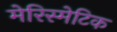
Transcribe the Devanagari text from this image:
मेरिस्मेटिक